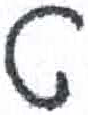
אות: ט